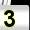
Digit: 3